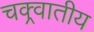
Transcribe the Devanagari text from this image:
चक्र्वातीय